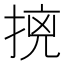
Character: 𭡛